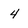
Character: 4